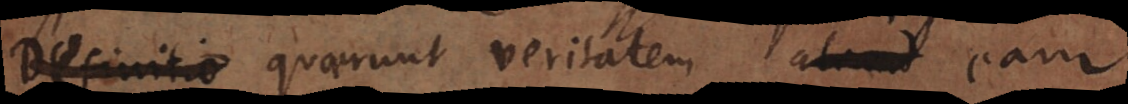
Definitio quaerunt veritatem, _ eam